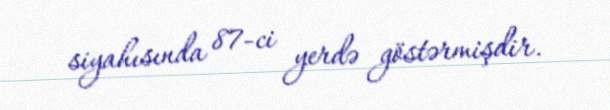
siyahısında 87-ci yerdə göstərmişdir.